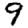
Digit: 9